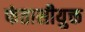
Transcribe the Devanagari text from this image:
फंतासीयुक्त